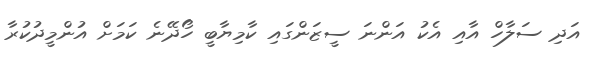
އަދި ސަލާހް އާއި އެކު އަންނަ ސީޒަންގައި ކާމިޔާބީ ހޯދޭނެ ކަމަށް އުންމީދުކުރާ